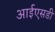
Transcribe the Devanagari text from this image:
आईएसडी